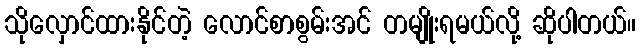
သိုလှောင်ထားနိုင်တဲ့ လောင်စာစွမ်းအင် တမျိုးရမယ်လို့ ဆိုပါတယ်။